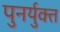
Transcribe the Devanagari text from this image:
पुनर्युक्त